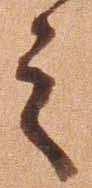
之